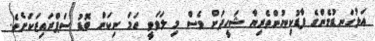
އަޅުގަނޑުމެންގެ ފާޑުކިޔުންތެރިޔާ ޝަހީދަށް ވެސް މި ލަވަވީ ހަމަ ނިކަން ބޮޑު ސަޕްރައިޒަކަށެވެ.